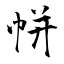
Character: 帡